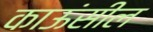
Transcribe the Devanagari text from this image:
काऊंसील